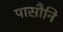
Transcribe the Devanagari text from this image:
पासौनि